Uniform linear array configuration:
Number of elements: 48
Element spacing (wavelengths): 0.25
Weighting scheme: cosine
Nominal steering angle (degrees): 15
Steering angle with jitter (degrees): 15.523
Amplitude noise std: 0.05
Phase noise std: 0.05

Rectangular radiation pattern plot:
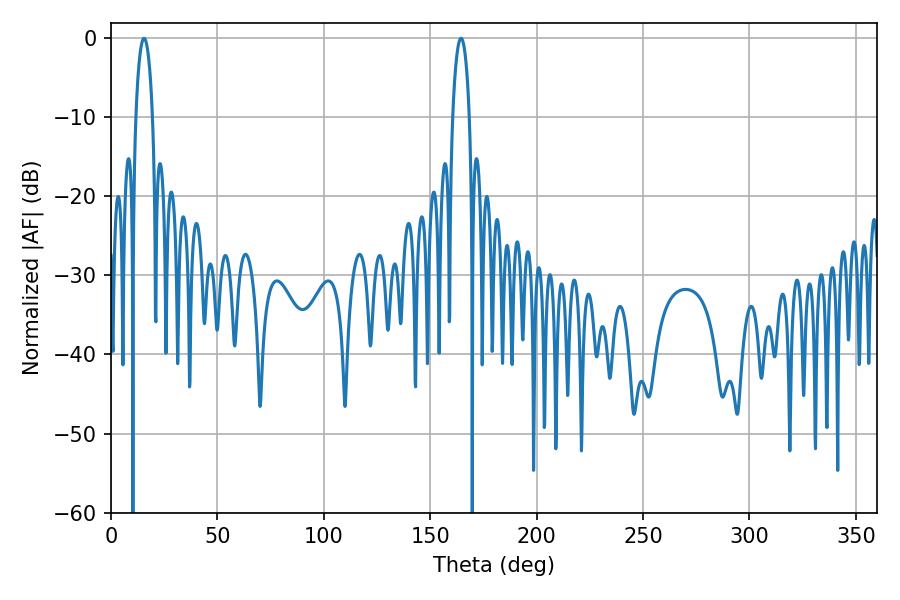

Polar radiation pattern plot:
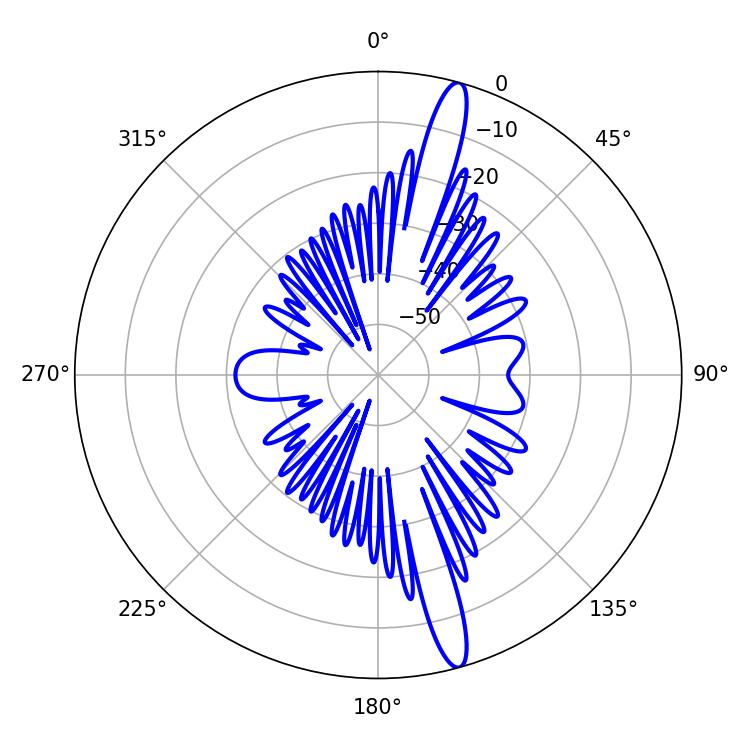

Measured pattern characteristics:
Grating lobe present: FALSE
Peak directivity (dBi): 16.282
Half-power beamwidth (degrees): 4.5
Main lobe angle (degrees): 15.48